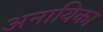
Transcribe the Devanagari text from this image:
अनायिका